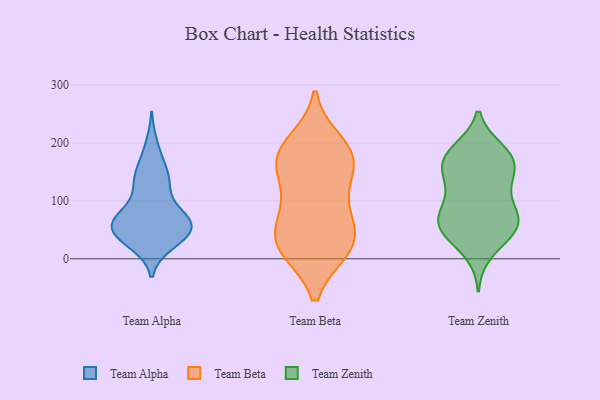
{"axis": {"x": "Website Visitors", "y": "Value"}, "legend": ["Team Alpha", "Team Beta", "Team Zenith"], "data": [{"x": "", "y": 135, "type": "Team Alpha"}, {"x": "", "y": 50, "type": "Team Alpha"}, {"x": "", "y": 64, "type": "Team Alpha"}, {"x": "", "y": 45, "type": "Team Alpha"}, {"x": "", "y": 137, "type": "Team Alpha"}, {"x": "", "y": 121, "type": "Team Alpha"}, {"x": "", "y": 139, "type": "Team Alpha"}, {"x": "", "y": 63, "type": "Team Alpha"}, {"x": "", "y": 165, "type": "Team Alpha"}, {"x": "", "y": 34, "type": "Team Alpha"}, {"x": "", "y": 59, "type": "Team Alpha"}, {"x": "", "y": 76, "type": "Team Alpha"}, {"x": "", "y": 196, "type": "Team Alpha"}, {"x": "", "y": 34, "type": "Team Alpha"}, {"x": "", "y": 75, "type": "Team Alpha"}, {"x": "", "y": 27, "type": "Team Alpha"}, {"x": "", "y": 63, "type": "Team Alpha"}, {"x": "", "y": 69, "type": "Team Alpha"}, {"x": "", "y": 44, "type": "Team Alpha"}, {"x": "", "y": 17, "type": "Team Beta"}, {"x": "", "y": 164, "type": "Team Beta"}, {"x": "", "y": 113, "type": "Team Beta"}, {"x": "", "y": 17, "type": "Team Beta"}, {"x": "", "y": 178, "type": "Team Beta"}, {"x": "", "y": 26, "type": "Team Beta"}, {"x": "", "y": 181, "type": "Team Beta"}, {"x": "", "y": 79, "type": "Team Beta"}, {"x": "", "y": 17, "type": "Team Beta"}, {"x": "", "y": 200, "type": "Team Beta"}, {"x": "", "y": 66, "type": "Team Beta"}, {"x": "", "y": 145, "type": "Team Beta"}, {"x": "", "y": 46, "type": "Team Beta"}, {"x": "", "y": 179, "type": "Team Beta"}, {"x": "", "y": 183, "type": "Team Zenith"}, {"x": "", "y": 180, "type": "Team Zenith"}, {"x": "", "y": 62, "type": "Team Zenith"}, {"x": "", "y": 65, "type": "Team Zenith"}, {"x": "", "y": 158, "type": "Team Zenith"}, {"x": "", "y": 107, "type": "Team Zenith"}, {"x": "", "y": 89, "type": "Team Zenith"}, {"x": "", "y": 188, "type": "Team Zenith"}, {"x": "", "y": 179, "type": "Team Zenith"}, {"x": "", "y": 44, "type": "Team Zenith"}, {"x": "", "y": 139, "type": "Team Zenith"}, {"x": "", "y": 145, "type": "Team Zenith"}, {"x": "", "y": 10, "type": "Team Zenith"}, {"x": "", "y": 47, "type": "Team Zenith"}, {"x": "", "y": 59, "type": "Team Zenith"}, {"x": "", "y": 87, "type": "Team Zenith"}, {"x": "", "y": 67, "type": "Team Zenith"}, {"x": "", "y": 136, "type": "Team Zenith"}, {"x": "", "y": 166, "type": "Team Zenith"}, {"x": "", "y": 46, "type": "Team Zenith"}]}